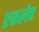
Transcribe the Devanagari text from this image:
रक्तलेप